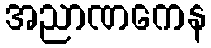
အညာဏကေန